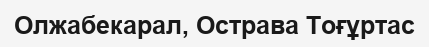
Олжабекарал, Острава Тоғұртас